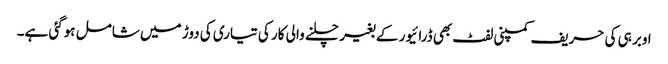
اوبر ہی کی حریف کمپنی لفٹ بھی ڈرائیور کے بغیر چلنے والی کار کی تیاری کی دوڑ میں شامل ہوگئی ہے۔